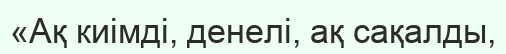
«Ақ киімді, денелі, ақ сақалды,